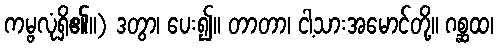
ကမ္ဗလုံရှိ၏။) ဒတွာ၊ ပေး၍။ တာတာ၊ ငါ့သားအမောင်တို့။ ဂစ္ဆထ၊